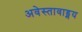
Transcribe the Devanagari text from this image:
अवेस्तावाड्मय